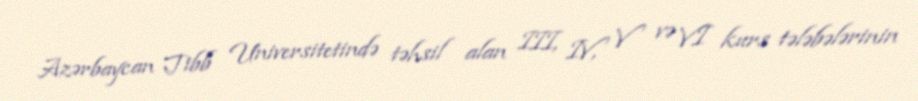
Azərbaycan Tibb Universitetində təhsil alan III, IV, V və VI kurs tələbələrinin